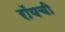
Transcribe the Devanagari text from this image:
रॉयची